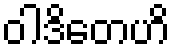
ဝါဒိတေဟိ